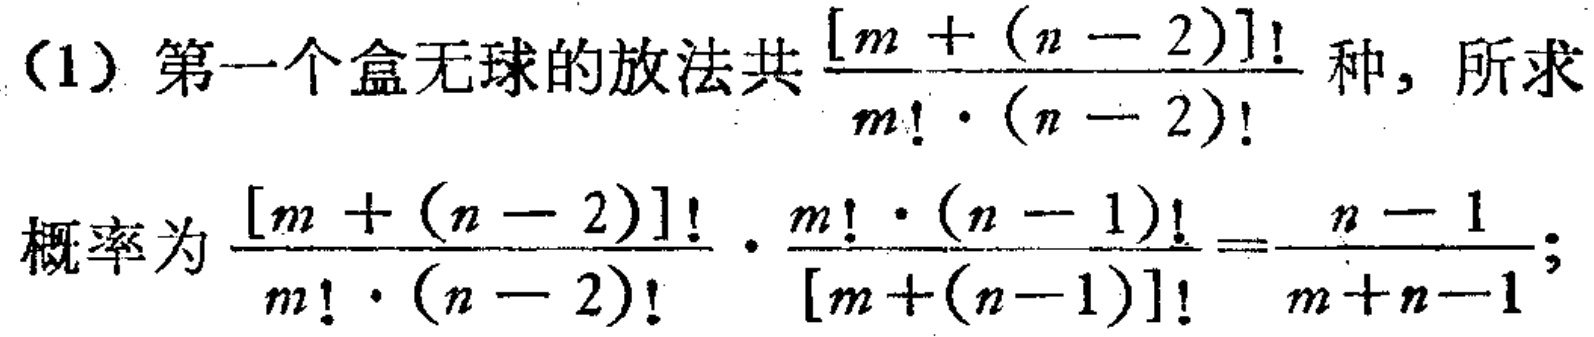
(1) 第一个盒无球的放法共$\frac{[m + (n - 2)]!}{m! \cdot (n - 2)!}$种，所求

概率为$\frac{[m + (n - 2)]!}{m! \cdot (n - 2)!} \cdot \frac{m! \cdot (n - 1)!}{[m+(n - 1)]!}=\frac{n - 1}{m + n - 1}$;